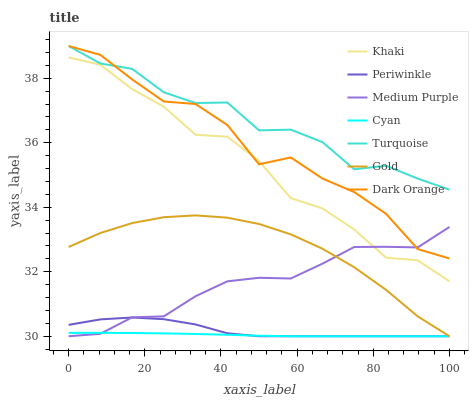
| xaxis_label | Khaki | Periwinkle | Medium Purple | Cyan | Turquoise | Gold | Dark Orange |
 | --- | --- | --- | --- | --- | --- | --- | --- |
 | 0 | 38.6 | 30.4 | 30 | 30.1 | 39 | 32.8 | 39 |
 | 8.33 | 38.4 | 30.5 | 30.1 | 30.1 | 38.5 | 33.2 | 38.7 |
 | 16.7 | 37.7 | 30.6 | 30.6 | 30.1 | 38.3 | 33.5 | 38 |
 | 25 | 37.1 | 30.5 | 30.6 | 30.1 | 37.6 | 33.7 | 37.3 |
 | 33.3 | 36.2 | 30.4 | 31.2 | 30.1 | 37.2 | 33.7 | 37.2 |
 | 41.7 | 36.2 | 30.1 | 31.7 | 30 | 37.2 | 33.7 | 36.6 |
 | 50 | 35.4 | 30 | 31.8 | 30 | 36.4 | 33.5 | 35.3 |
 | 58.3 | 34.3 | 30 | 31.8 | 30 | 36.4 | 33.2 | 35.5 |
 | 66.7 | 34 | 30 | 32.3 | 30 | 36 | 32.7 | 34.9 |
 | 75 | 33.3 | 30 | 32.8 | 30 | 35.2 | 32.1 | 34.5 |
 | 83.3 | 32.4 | 30 | 32.8 | 30 | 35.3 | 31.4 | 33.8 |
 | 91.7 | 32.4 | 30 | 32.8 | 30 | 34.9 | 30.6 | 32.7 |
 | 100 | 31.7 | 30 | 33.4 | 30 | 34.5 | 30 | 32.4 |